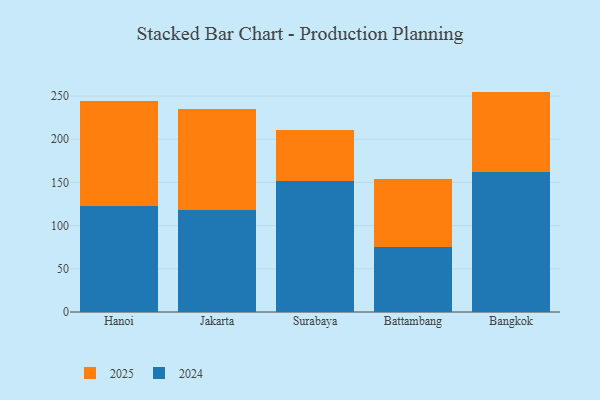
{"axis": {"x": "City", "y": "Net Income (USD K)"}, "legend": ["2024", "2025"], "data": [{"x": "Hanoi", "y": 121.9, "type": "2025"}, {"x": "Hanoi", "y": 122.9, "type": "2024"}, {"x": "Jakarta", "y": 116.9, "type": "2025"}, {"x": "Jakarta", "y": 117.7, "type": "2024"}, {"x": "Surabaya", "y": 59.6, "type": "2025"}, {"x": "Surabaya", "y": 151.2, "type": "2024"}, {"x": "Battambang", "y": 78.5, "type": "2025"}, {"x": "Battambang", "y": 75.5, "type": "2024"}, {"x": "Bangkok", "y": 93.0, "type": "2025"}, {"x": "Bangkok", "y": 162.2, "type": "2024"}]}